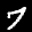
Label: 7